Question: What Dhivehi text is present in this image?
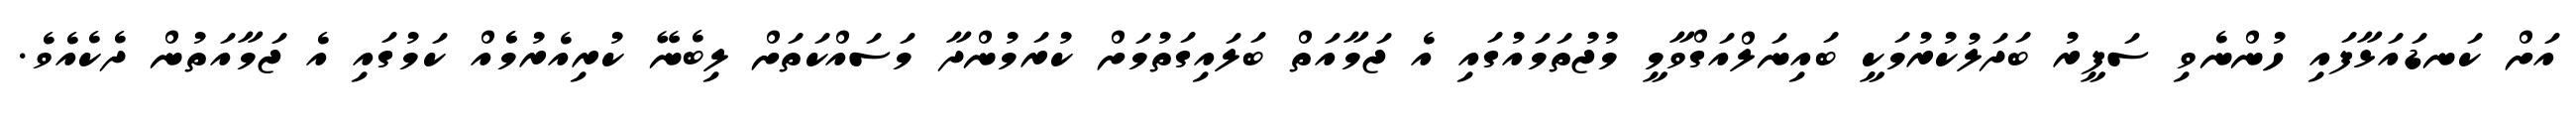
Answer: އަށް ކަނޑައަޅާފައި ހުންނެވި ސަފީރު ބަދަލުކުރުމަކީ ބައިނަލްއަގްވާމީ މުޖުތަމައުގައި އެ ޖަމާއަތް ބަލައިގަތުމަށް ކުރަމުންދާ މަސައްކަތަށް ލިބެނޭ ކުރިއެރުމެެއް ކަމުގައި އެ ޖަމާއަތުން ދެކެއެވެ.